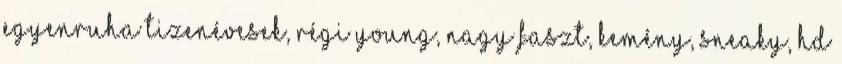
egyenruha tizenévesek, régi young, nagy faszt, kemény, sneaky, hd